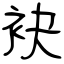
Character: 袂